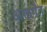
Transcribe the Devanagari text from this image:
अन्तर्गंत